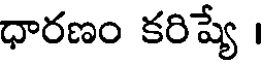
ధారణం కరిష్యే